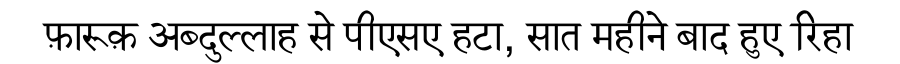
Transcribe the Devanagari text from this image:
फ़ारूक़ अब्दुल्लाह से पीएसए हटा, सात महीने बाद हुए रिहा